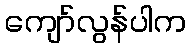
ကျော်လွန်ပါက